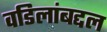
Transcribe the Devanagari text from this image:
वडिलांबद्दल